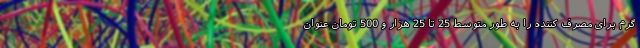
گرم برای مصرف کننده را به طور متوسط 25 تا 25 هزار و 500 تومان عنوان